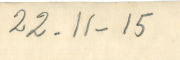
22-11-15